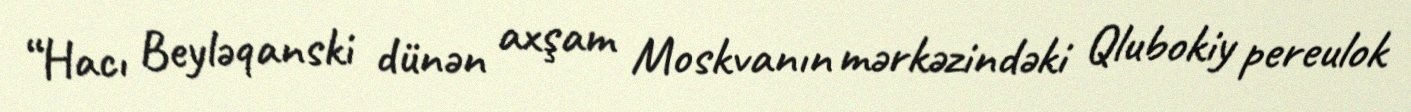
“Hacı Beyləqanski dünən axşam Moskvanın mərkəzindəki Qlubokiy pereulok